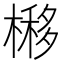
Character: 𣘵